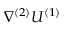
\nabla ^ { ( 2 ) } U ^ { ( 1 ) }